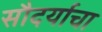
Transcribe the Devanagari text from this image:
सौदर्याचा